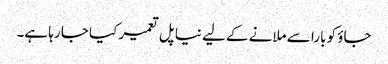
جاؤ کو بارا سے ملانے کے لیے نیا پل تعمیر کیا جا رہا ہے۔